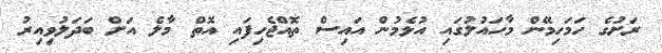
ރަށުގެ ހަމަހިމޭން މާހައުލުގައި އުޅެމުން އައިސް ތޮއްޖެހިފައި އޮތް މާލެ އަށް ބަދަލުވިއިރު